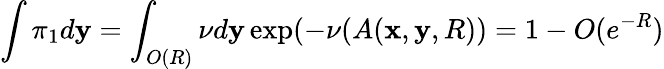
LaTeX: \int\pi_{1}d\mathbf y=\int_{O(R)}\nu d\mathbf y\exp(-\nu(A(\mathbf x,\mathbf y,R))=1-O(e^{-R})